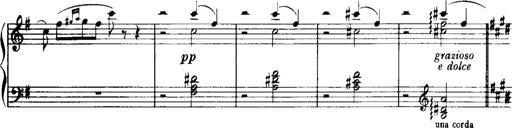
Title: Historische ungarische Bildnisse
Composer: Franz Liszt